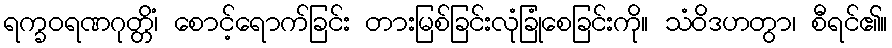
ရက္ခဝရဏဂုတ္တိံ၊ စောင့်ရောက်ခြင်း တားမြစ်ခြင်းလုံခြုံစေခြင်းကို။ သံဝိဒဟတွာ၊ စီရင်၏။